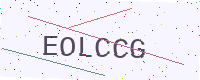
Text: EOLCCG